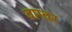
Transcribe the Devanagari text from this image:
वाग्वर